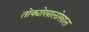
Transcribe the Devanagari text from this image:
तोक्योखालोखाल